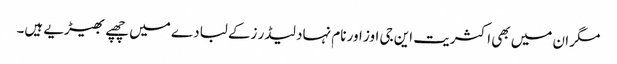
مگر ان میں بھی اکثریت این جی اوز اور نام نہاد لیڈر زکے لبادے میں چھپے بھیڑیے ہیں۔